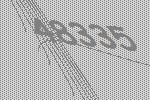
48335